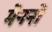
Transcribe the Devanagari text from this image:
मेननों